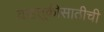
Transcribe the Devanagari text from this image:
वाहतूकीसाठीची